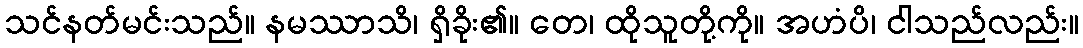
သင်နတ်မင်းသည်။ နမဿာသိ၊ ရှိခိုး၏။ တေ၊ ထိုသူတို့ကို။ အဟံပိ၊ ငါသည်လည်း။